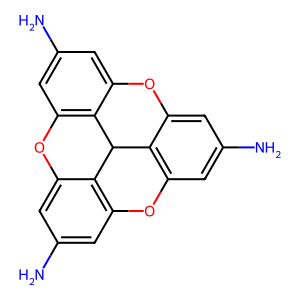
SMILES: Nc1cc2c3c(c1)Oc1cc(N)cc4c1C3c1c(cc(N)cc1O4)O2
Inhibits HIV replication: Yes